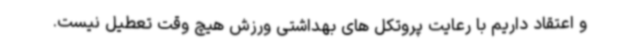
و اعتقاد داریم با رعایت پروتکل های بهداشتی ورزش هیچ وقت تعطیل نیست.